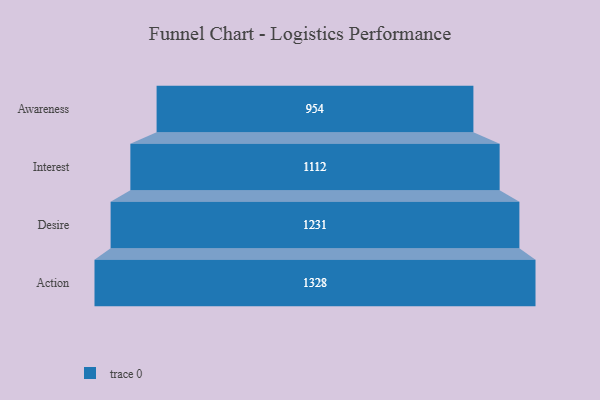
{"axis": {"x": "Stage", "y": "Value"}, "legend": [""], "data": [{"x": "Awareness", "y": 954.0, "type": ""}, {"x": "Interest", "y": 1112.0, "type": ""}, {"x": "Desire", "y": 1231.0, "type": ""}, {"x": "Action", "y": 1328.0, "type": ""}]}